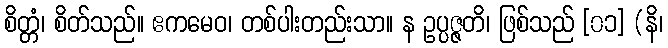
စိတ္တံ၊ စိတ်သည်။ ဧကမေဝ၊ တစ်ပါးတည်းသာ။ န ဥပ္ပဇ္ဇတိ၊ ဖြစ်သည် [၀၁] (နိ၊